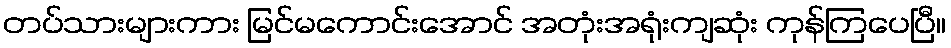
တပ်သားများကား မြင်မကောင်းအောင် အတုံးအရုံးကျဆုံး ကုန်ကြပေပြီ။